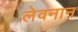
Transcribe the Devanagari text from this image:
लेवनान